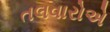
તલવારોએ